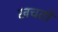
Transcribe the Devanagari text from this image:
खचतो